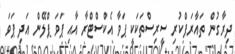
ދިރާގުން ތައާރަފްކުރި ސީރިސްތަކަކީ ޕަވާ އެކްސްޓްރާ އާއި ޕަވަ ޕްލޭން އަދި ޕަވަ